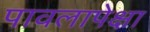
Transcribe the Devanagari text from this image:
पावलापेक्षा